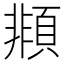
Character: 䫍